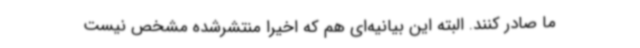
ما صادر کنند. البته این بیانیه‌ای هم که اخیراً منتشرشده مشخص نیست